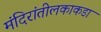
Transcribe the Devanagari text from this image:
मंदिरांतीलकाकडा